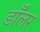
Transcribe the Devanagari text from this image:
डॉॅलर